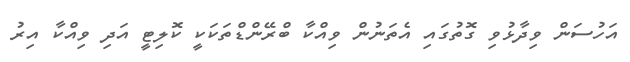
އަހުސަން ވިދާޅުވި ގޮތުގައި އެތަނުން ވިއްކާ ބްރޭންޑްތަކަކީ ކޮލިޓީ އަދި ވިއްކާ އިރު